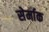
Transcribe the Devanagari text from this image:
सेर्माक